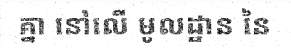
គ្នា នៅលើ មូលដ្ឋាន នៃ